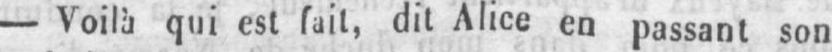
- Voilà qui est fait, dit Alice en passant son